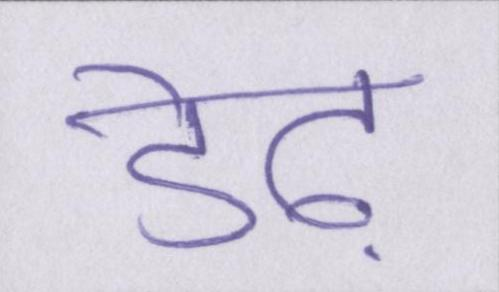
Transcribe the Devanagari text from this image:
डेढ़